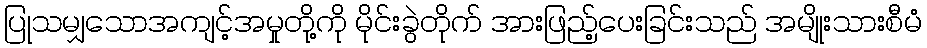
ပြုသမျှသောအကျင့်အမှုတို့ကို မိုင်းခွဲတိုက် အားဖြည့်ပေးခြင်းသည် အမျိုးသားစီမံ